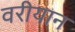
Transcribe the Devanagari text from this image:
वरीयान